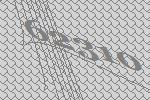
62310